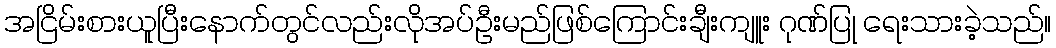
အငြိမ်းစားယူပြီးနောက်တွင်လည်းလိုအပ်ဦးမည်ဖြစ်ကြောင်းချီးကျူး ဂုဏ်ပြု ရေးသားခဲ့သည်။